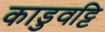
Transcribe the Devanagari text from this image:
काडुवट्टि